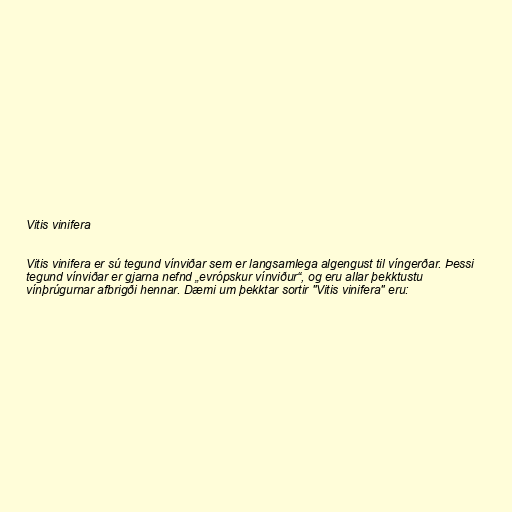
Vitis vinifera

Vitis vinifera er sú tegund vínviðar sem er langsamlega algengust til víngerðar. Þessi
tegund vínviðar er gjarna nefnd „evrópskur vínviður“, og eru allar þekktustu
vínþrúgurnar afbrigði hennar. Dæmi um þekktar sortir "Vitis vinifera" eru: